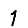
Digit: 1